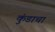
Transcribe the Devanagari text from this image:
कुंडाचा